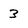
Character: 3